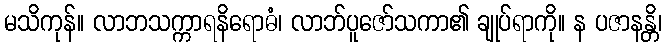
မသိကုန်။ လာဘသက္ကာရနိရောဓံ၊ လာဘ်ပူဇော်သကာ၏ ချုပ်ရာကို။ န ပဇာနန္တိ၊